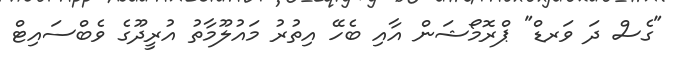
"ގެސް ދަ ވަރޑް" ޕްރޮމޯޝަން އާއި ބެހޭ އިތުރު މައުލޫމާތު އުރީދޫގެ ވެބްސައިޓް